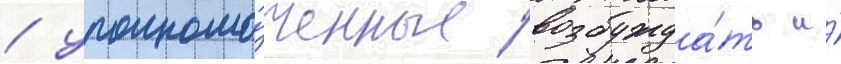
/ уполномо́ченные возбужда́ть и́